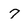
Character: 7